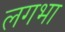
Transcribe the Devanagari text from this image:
लगभा